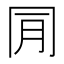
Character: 𠕔